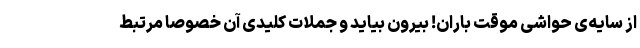
از سایه‌ی حواشی موقت باران! بیرون بیاید و جملات کلیدی آن خصوصا مرتبط